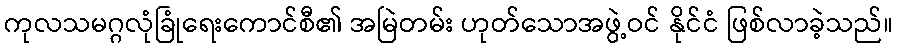
ကုလသမဂ္ဂလုံခြုံရေးကောင်စီ၏ အမြဲတမ်း ဟုတ်သောအဖွဲ့ဝင် နိုင်ငံ ဖြစ်လာခဲ့သည်။